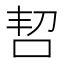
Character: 𫩬